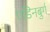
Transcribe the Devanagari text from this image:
एडिनबुर्ग